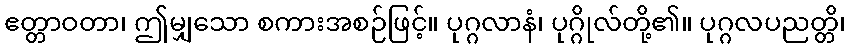
ဧတ္တာဝတာ၊ ဤမျှသော စကားအစဉ်ဖြင့်။ ပုဂ္ဂလာနံ၊ ပုဂ္ဂိုလ်တို့၏။ ပုဂ္ဂလပညတ္တိ၊